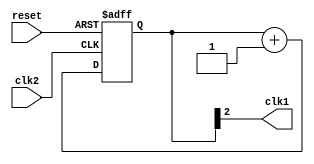
`timescale 1ns / 1ps
// this counter is used by master and slave to divide the frequency of clock signal by 8
module mode8counter(
    input clk2,reset,
    output  clk1
    );
	 reg[2:0] count;
	 always@(negedge clk2,posedge reset)begin
	 if(reset)
	 count<=0;
	 else count<=count+1;
	 end
	 assign clk1=(count[2]==1);


endmodule